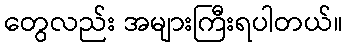
တွေလည်း အများကြီးရပါတယ်။